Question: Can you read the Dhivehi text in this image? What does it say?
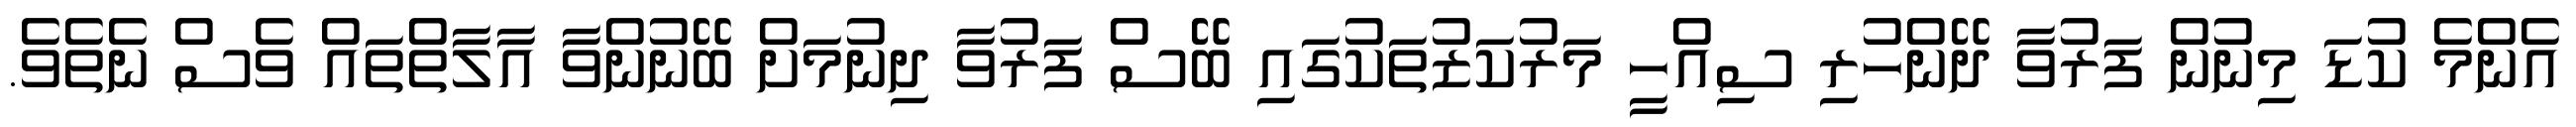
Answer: އެންމެ ކުޑަ މިނުން ފަރުވާ ދޭންހުރި ސިއްހީ މަރުކަޒުތަކުގައި ބޭސް ފަރުވާ ދިނުމަށް ބޭނުންވާ އާލާތްތައް ވެސް ނެތެވެ.